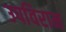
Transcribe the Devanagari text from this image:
उपविराम